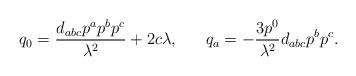
LaTeX: \begin{align*}q_0={{d_{abc}p^ap^bp^c}\over{\lambda^2}}+2c\lambda, \ \ \ \ \ q_a=-{{3p^0}\over{\lambda^2}}d_{abc}p^bp^c.\end{align*}